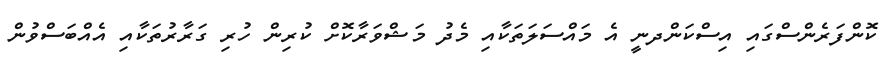
ކޮންފަރެންސްގައި އިސްކަންދނީ އެ މައްސަލަތަކާއި މެދު މަޝްވަރާކޮށް ކުރިން ހުރި ގަރާރުތަކާއި އެއްބަސްވުން